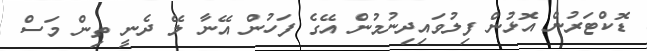
ޑޮކްޓަރުން އޮޅުން ފިލުވައިދިނުމުން އޭގެ ފަހުން އޭނާ ލޭ ދެނީ ތިން މަސް